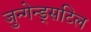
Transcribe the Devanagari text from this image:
जुन्गेन्ड्सटिल